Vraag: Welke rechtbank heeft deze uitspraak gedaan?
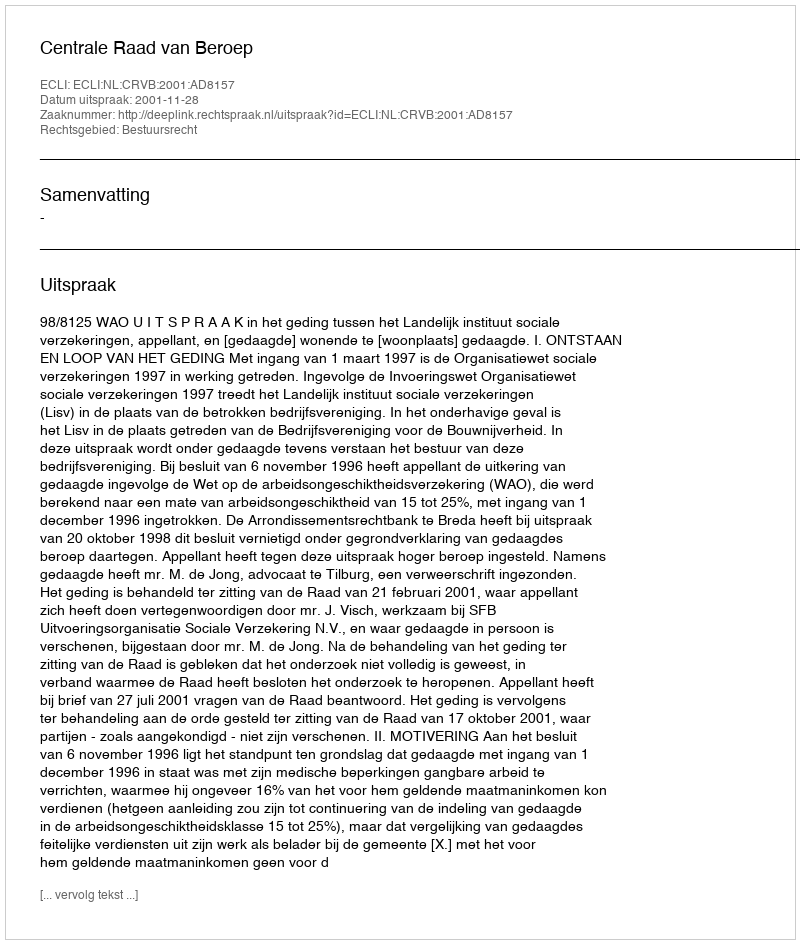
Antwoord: Centrale Raad van Beroep